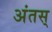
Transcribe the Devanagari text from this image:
अंतस्